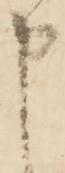
申